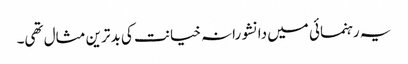
یہ رہنمائی میں دانشورانہ خیانت کی بدترین مثال تھی۔